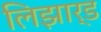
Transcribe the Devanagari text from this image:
लिझार्ड